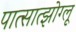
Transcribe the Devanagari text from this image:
पात्सात्झोग्लू